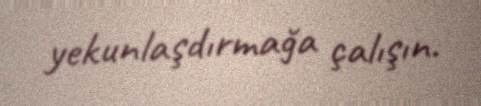
yekunlaşdırmağa çalışın.